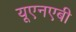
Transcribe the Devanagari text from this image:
यूएनएबी